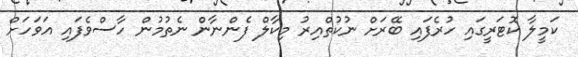
ކަމީލާ ކޮޓަރީގައި ހުރެފައި ބޭރަށް ނުކުތްއިރު މިކާލް ފެންނާން ނެތުމުން ހާސްވެފައި އަވަހަށް